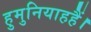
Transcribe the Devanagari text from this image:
हुमुनियाहहैं।